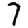
Digit: 7